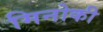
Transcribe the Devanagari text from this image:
मिनोकी